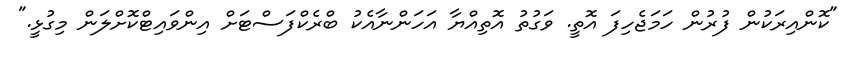
"ކޮންއިރަކުން ފުރުން ހަމަޖެހިފަ އޮތީ. ވަގުތު އޮތިއްޔާ އަހަންނާއެކު ބްރެކްފަސްޓަށް އިންވައިޓްކޮށްލަން މިގުޅީ."